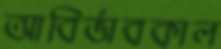
আবির্ভাবকাল